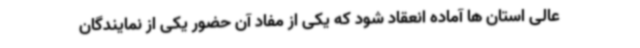
عالی استان ها آماده انعقاد شود که یکی از مفاد آن حضور یکی از نمایندگان